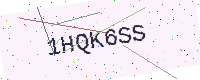
Text: 1HQK6SS